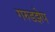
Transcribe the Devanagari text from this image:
गरुडझेप